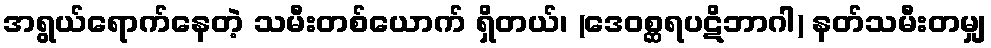
အရွယ်ရောက်နေတဲ့ သမီးတစ်ယောက် ရှိတယ်၊ (ဒေဝစ္ဆရပဋိဘာဂါ) နတ်သမီးတမျှ